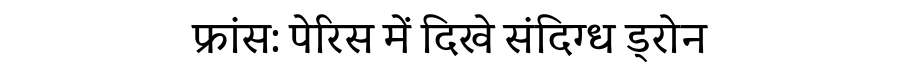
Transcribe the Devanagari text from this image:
फ्रांस: पेरिस में दिखे संदिग्ध ड्रोन